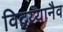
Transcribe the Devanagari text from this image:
विद्य्यानैव